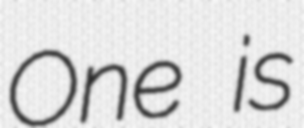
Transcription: One is